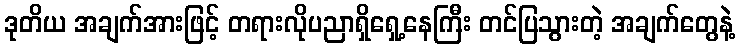
ဒုတိယ အချက်အားဖြင့် တရားလိုပညာရှိရှေ့နေကြီး တင်ပြသွားတဲ့ အချက်တွေနဲ့